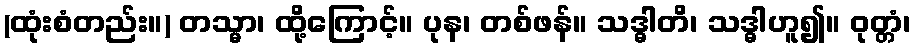
(ထုံးစံတည်း။) တသ္မာ၊ ထို့ကြောင့်။ ပုန၊ တစ်ဖန်။ သဒ္ဓါတိ၊ သဒ္ဓါဟူ၍။ ဝုတ္တံ၊